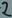
Text: 2